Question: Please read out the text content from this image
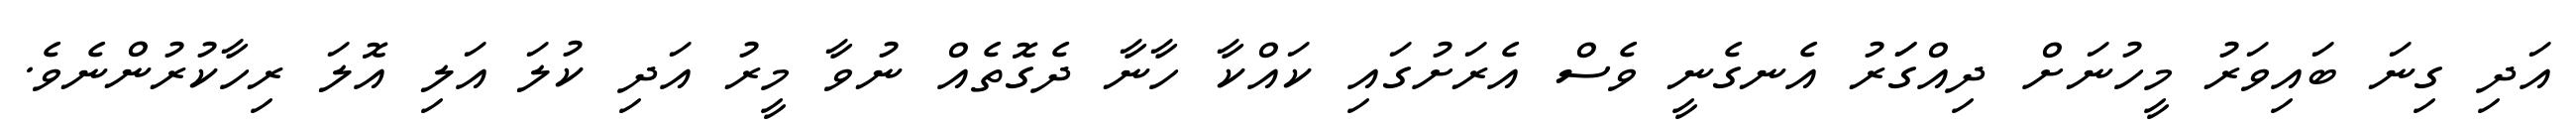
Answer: އަދި ގިނަ ބައިވަރު މީހުނަށް ދިއްގަަރު އެނގެނީ ވެސް އެރަށުގައި ކައްކާ ހާނާ ދެގޮތެއް ނުވާ މީރު އަދި ކުލަ އަލި އޮލަ ރިހާކުރުންނެވެ.